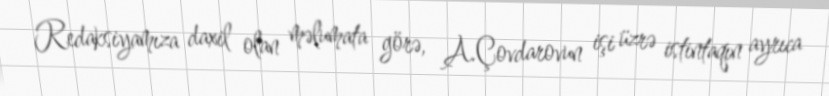
Redaksiyamıza daxil olan məlumata görə, A.Çovdarovun işi üzrə istintaqın ayrıca